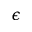
\epsilon